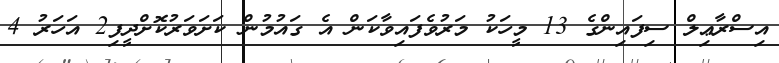
އިސްރާޢިލް ސިފައިންގެ 13 މީހަކު މަރުވެފައިވާކަން އެ ގައުމުން ކަށަވަރުކޮށްދީފި2 އަހަރު 4